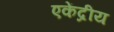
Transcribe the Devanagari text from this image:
एकेंद्रीय